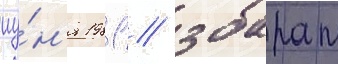
иу́н'я 1981 / збараж